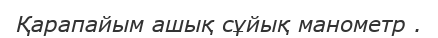
Қарапайым ашық сұйық манометр .